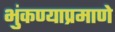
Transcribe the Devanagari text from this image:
भुंकण्याप्रमाणे